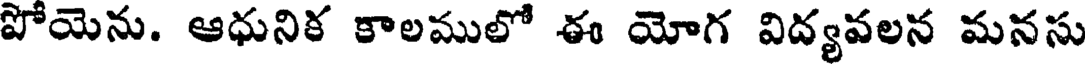
పోయెను. ఆధునిక కాలములో ఈ యోగ విద్యవలన మనసు